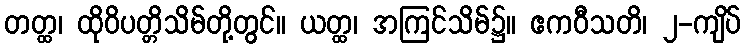
တတ္ထ၊ ထိုဝိပတ္တိသိမ်တို့တွင်။ ယတ္ထ၊ အကြင်သိမ်၌။ ဧကဝီသတိ၊ ၂-ကျိပ်